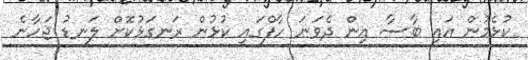
ކުޅެމުން އައި ބާސާ އިން ދެވަނަ ހާފްގައި ކުޅުން ރަނގަޅުކޮށް ލަނޑު ޖަހާނެ